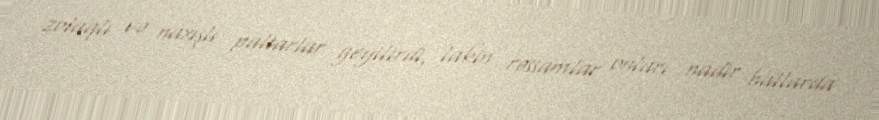
zolaqlı və naxışlı paltarlar geyilirdi, lakin rəssamlar onları nadir hallarda